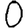
Digit: 0